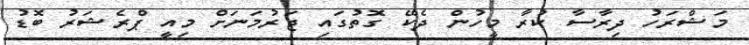
މަޝްރަހު ދިރާސާ ކުރާ މީހުން ދެކޭ ގޮތުގައި ޖަރުމަނަށް މިއީ ޕްރެޝަރު ބޮޑު